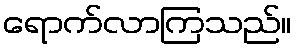
ရောက်လာကြသည်။